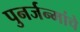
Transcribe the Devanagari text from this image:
पुनर्जन्मांचे